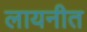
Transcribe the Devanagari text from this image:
लायनीत